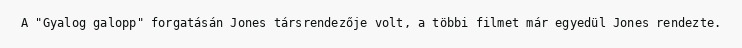
A "Gyalog galopp" forgatásán Jones társrendezője volt, a többi filmet már egyedül Jones rendezte.